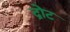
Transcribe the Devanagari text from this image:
द्रोट